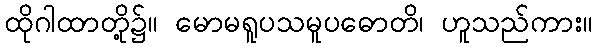
ထိုဂါထာတို့၌။ မောမရူပသမူပဓောတိ၊ ဟူသည်ကား။